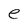
Character: e